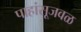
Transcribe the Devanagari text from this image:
पाहांसूजवळ